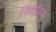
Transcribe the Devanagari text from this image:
भितींवर